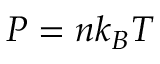
P = n k _ { B } T